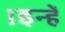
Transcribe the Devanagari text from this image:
।इन्हें